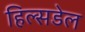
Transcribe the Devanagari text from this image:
हिल्सडेल